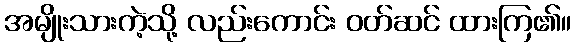
အမျိုးသားကဲ့သို့ လည်းကောင်း ဝတ်ဆင် ထားကြ၏။